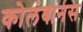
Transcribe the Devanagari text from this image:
कोलंबानस